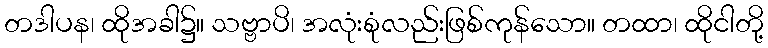
တဒါပန၊ ထိုအခါ၌။ သဗ္ဗာပိ၊ အလုံးစုံလည်းဖြစ်ကုန်သော။ တထာ၊ ထိုငါတို့